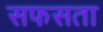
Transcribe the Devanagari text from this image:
सफसता